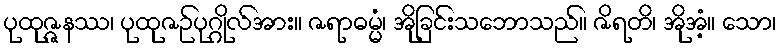
ပုထုဇ္ဇနဿ၊ ပုထုဇဉ်ပုဂ္ဂိုလ်အား။ ဇရာဓမ္မံ၊ အိုခြင်းသဘောသည်။ ဇိရတိ၊ အိုအံ့။ သော၊